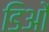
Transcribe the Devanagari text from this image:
डिओं